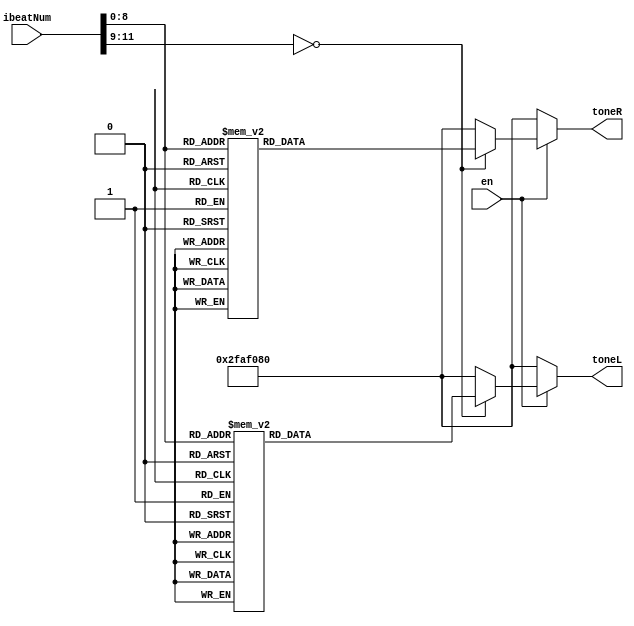

`define so 32'd784
`define fa 32'd698
`define mi 32'd659
`define re 32'd587
`define do 32'd523

`define SI 32'd494
`define LA 32'd440
`define SO 32'd392
`define FA 32'd349
`define MI 32'd330
`define RE 32'd294
`define DO 32'd262

`define mi_2 32'd622
`define SI_2 32'd466

`define do_d 32'd131
`define re_d 32'd147
`define mi_d 32'd165
`define fa_d 32'd174
`define so_d 32'd196
`define la_d 32'd220
`define si_d 32'd247
`define DO_d 32'd262
`define RE_d 32'd294


`define re_d_2 32'd73
`define mi_d_2 32'd83
`define fa_d_2 32'd87
`define so_d_2 32'd98
`define la_d_2 32'd110
`define si_d_2 32'd123

`define si_d_2_d 32'd116
`define mi_d_2_d 32'd156
`define mi_d_d 32'd156

`define sil 32'd50000000

module SongOf105 (
	input [11:0] ibeatNum,
	input en,
	output reg [31:0] toneL,
    output reg [31:0] toneR
);

    always @* begin
        if(en == 1) begin
            case(ibeatNum)
                // --- Measure 1 ---
                    12'd0: toneR = `sil;      12'd1: toneR = `sil;// HG (half-beat)
                    12'd2: toneR = `sil;      12'd3: toneR = `sil;
                    12'd4: toneR = `sil;      12'd5: toneR = `sil;
                    12'd6: toneR = `sil;      12'd7: toneR = `sil;
                    12'd8: toneR = `sil;      12'd9: toneR = `sil;// HE (half-beat)
                    12'd10: toneR = `sil;     12'd11: toneR = `sil;
                    12'd12: toneR = `sil;     12'd13: toneR = `sil;
                    12'd14: toneR = `sil;    12'd15: toneR = `sil; // (Short break for repetitive notes: high E)

                    12'd16: toneR = `re;     12'd17: toneR = `re; // HE (one-beat)
                    12'd18: toneR = `re;     12'd19: toneR = `re;
                    12'd20: toneR = `re;     12'd21: toneR = `re;
                    12'd22: toneR = `re;     12'd23: toneR = `sil;
                    12'd24: toneR = `re;     12'd25: toneR = `re;
                    12'd26: toneR = `re;     12'd27: toneR = `re;
                    12'd28: toneR = `re;     12'd29: toneR = `re;
                    12'd30: toneR = `re;     12'd31: toneR = `re;

                    12'd32: toneR = `mi_2;     12'd33: toneR = `mi_2; // HF (half-beat)
                    12'd34: toneR = `mi_2;     12'd35: toneR = `mi_2;
                    12'd36: toneR = `mi_2;     12'd37: toneR = `mi_2;
                    12'd38: toneR = `mi_2;     12'd39: toneR = `mi_2;
                    12'd40: toneR = `re;     12'd41: toneR = `re; // HD (half-beat)
                    12'd42: toneR = `re;     12'd43: toneR = `re;
                    12'd44: toneR = `re;     12'd45: toneR = `re;
                    12'd46: toneR = `re;     12'd47: toneR = `re; // (Short break for repetitive notes: high D)

                    12'd48: toneR = `do;     12'd49: toneR = `do; // HD (one-beat)
                    12'd50: toneR = `do;     12'd51: toneR = `do;
                    12'd52: toneR = `do;     12'd53: toneR = `do;
                    12'd54: toneR = `do;     12'd55: toneR = `do;
                    12'd56: toneR = `re;     12'd57: toneR = `re;
                    12'd58: toneR = `re;     12'd59: toneR = `re;
                    12'd60: toneR = `re;     12'd61: toneR = `re;
                    12'd62: toneR = `re;     12'd63: toneR = `re;

                    // --- Measure 2 ---
                    12'd64: toneR = `FA;     12'd65: toneR = `FA; // HC (half-beat)
                    12'd66: toneR = `FA;     12'd67: toneR = `FA;
                    12'd68: toneR = `FA;     12'd69: toneR = `FA;
                    12'd70: toneR = `FA;     12'd71: toneR = `FA;
                    12'd72: toneR = `FA;     12'd73: toneR = `FA; // HD (half-beat)
                    12'd74: toneR = `FA;     12'd75: toneR = `FA;
                    12'd76: toneR = `FA;     12'd77: toneR = `FA;
                    12'd78: toneR = `FA;     12'd79: toneR = `FA;

                    12'd80: toneR = `do;     12'd81: toneR = `do; // HE (half-beat)
                    12'd82: toneR = `do;     12'd83: toneR = `do;
                    12'd84: toneR = `do;     12'd85: toneR = `do;
                    12'd86: toneR = `do;     12'd87: toneR = `do;
                    12'd88: toneR = `SI_2;     12'd89: toneR = `SI_2; // HF (half-beat)
                    12'd90: toneR = `SI_2;     12'd91: toneR = `SI_2;
                    12'd92: toneR = `SI_2;     12'd93: toneR = `SI_2;
                    12'd94: toneR = `SI_2;     12'd95: toneR = `SI_2;

                    12'd96: toneR = `SO;     12'd97: toneR = `SO; // HG (half-beat)
                    12'd98: toneR = `SO;     12'd99: toneR = `SO;
                    12'd100: toneR = `SO;    12'd101: toneR = `SO;
                    12'd102: toneR = `SO;    12'd103: toneR = `SO; // (Short break for repetitive notes: high G)
                    12'd104: toneR = `SO;    12'd105: toneR = `SO; // HG (half-beat)
                    12'd106: toneR = `SO;    12'd107: toneR = `SO;
                    12'd108: toneR = `SO;    12'd109: toneR = `SO;
                    12'd110: toneR = `SO;    12'd111: toneR = `SO; // (Short break for repetitive notes: high G)

                    12'd112: toneR = `SI_2;    12'd113: toneR = `SI_2; // HG (one-beat)
                    12'd114: toneR = `SI_2;    12'd115: toneR = `SI_2;
                    12'd116: toneR = `SI_2;    12'd117: toneR = `SI_2;
                    12'd118: toneR = `SI_2;    12'd119: toneR = `SI_2;
                    12'd120: toneR = `SI_2;    12'd121: toneR = `SI_2;
                    12'd122: toneR = `SI_2;    12'd123: toneR = `SI_2;
                    12'd124: toneR = `SI_2;    12'd125: toneR = `SI_2;
                    12'd126: toneR = `SI_2;    12'd127: toneR = `SI_2; // (Short break for repetitive notes: high G)

                    // --- Measure 3 ---
                    12'd128: toneR = `do;      12'd129: toneR = `do; // HG (half-beat)
                    12'd130: toneR = `do;      12'd131: toneR = `do;
                    12'd132: toneR = `do;      12'd133: toneR = `do;
                    12'd134: toneR = `do;      12'd135: toneR = `do;
                    12'd136: toneR = `do;      12'd137: toneR = `do; // HE (half-beat)
                    12'd138: toneR = `do;      12'd139: toneR = `do;
                    12'd140: toneR = `do;      12'd141: toneR = `do;
                    12'd142: toneR = `do;      12'd143: toneR = `sil; // (Short break for repetitive notes: high E)

                    12'd144: toneR = `do;     12'd145: toneR = `do; // HE (one-beat)
                    12'd146: toneR = `do;     12'd147: toneR = `do;
                    12'd148: toneR = `do;     12'd149: toneR = `do;
                    12'd150: toneR = `do;     12'd151: toneR = `sil;
                    12'd152: toneR = `do;     12'd153: toneR = `do;
                    12'd154: toneR = `do;     12'd155: toneR = `do;
                    12'd156: toneR = `do;     12'd157: toneR = `do;
                    12'd158: toneR = `do;     12'd159: toneR = `sil;

                    12'd160: toneR = `re;     12'd161: toneR = `re; // HF (half-beat)
                    12'd162: toneR = `re;     12'd163: toneR = `re;
                    12'd164: toneR = `re;     12'd165: toneR = `re;
                    12'd166: toneR = `re;     12'd167: toneR = `re;
                    12'd168: toneR = `do;     12'd169: toneR = `do; // HD (half-beat)
                    12'd170: toneR = `do;     12'd171: toneR = `do;
                    12'd172: toneR = `do;     12'd173: toneR = `do;
                    12'd174: toneR = `do;     12'd175: toneR = `do; // (Short break for repetitive notes: high D)

                    12'd176: toneR = `SI_2;     12'd177: toneR = `SI_2; // HD (one-beat)
                    12'd178: toneR = `SI_2;     12'd179: toneR = `SI_2;
                    12'd180: toneR = `SI_2;     12'd181: toneR = `SI_2;
                    12'd182: toneR = `SI_2;     12'd183: toneR = `SI_2;
                    12'd184: toneR = `do;     12'd185: toneR = `do;
                    12'd186: toneR = `do;     12'd187: toneR = `do;
                    12'd188: toneR = `do;     12'd189: toneR = `do;
                    12'd190: toneR = `do;     12'd191: toneR = `do;

                    // --- Measure 4 ---
                    12'd192: toneR = `re;     12'd193: toneR = `re; // HC (half-beat)
                    12'd194: toneR = `re;     12'd495: toneR = `re;
                    12'd196: toneR = `re;     12'd197: toneR = `re;
                    12'd198: toneR = `re;     12'd199: toneR = `re;
                    12'd200: toneR = `re;     12'd201: toneR = `re; // HE (half-beat)
                    12'd202: toneR = `re;     12'd203: toneR = `re;
                    12'd204: toneR = `re;     12'd205: toneR = `re;
                    12'd206: toneR = `re;     12'd207: toneR = `re;

                    12'd208: toneR = `SI_2;     12'd209: toneR = `SI_2; // HG (half-beat)
                    12'd210: toneR = `SI_2;     12'd211: toneR = `SI_2;
                    12'd212: toneR = `SI_2;     12'd213: toneR = `SI_2;
                    12'd214: toneR = `SI_2;     12'd215: toneR = `SI_2; // (Short break for repetitive notes: high G)
                    12'd216: toneR = `SO;     12'd217: toneR = `SO; // HG (half-beat)
                    12'd218: toneR = `SO;     12'd219: toneR = `SO;
                    12'd220: toneR = `SO;     12'd221: toneR = `SO;
                    12'd222: toneR = `SO;     12'd223: toneR = `SO;

                    12'd224: toneR = `SI_2;     12'd225: toneR = `SI_2; // HC (half-beat)
                    12'd226: toneR = `SI_2;     12'd227: toneR = `SI_2;
                    12'd228: toneR = `SI_2;     12'd229: toneR = `SI_2;
                    12'd230: toneR = `SI_2;     12'd231: toneR = `SI_2; // (Short break for repetitive notes: high C)
                    12'd232: toneR = `SI_2;     12'd233: toneR = `SI_2; // HC (half-beat)
                    12'd234: toneR = `SI_2;     12'd235: toneR = `SI_2;
                    12'd236: toneR = `SI_2;     12'd237: toneR = `SI_2;
                    12'd238: toneR = `SI_2;     12'd239: toneR = `sil; // (Short break for repetitive notes: high C)

                    12'd240: toneR = `SI_2;     12'd241: toneR = `SI_2; // HC (one-beat)
                    12'd242: toneR = `SI_2;     12'd243: toneR = `SI_2;
                    12'd244: toneR = `SI_2;     12'd245: toneR = `SI_2;
                    12'd246: toneR = `SI_2;     12'd247: toneR = `SI_2;
                    12'd248: toneR = `SI_2;     12'd249: toneR = `SI_2;
                    12'd250: toneR = `SI_2;     12'd251: toneR = `SI_2;
                    12'd252: toneR = `SI_2;     12'd253: toneR = `SI_2;
                    12'd254: toneR = `SI_2;     12'd255: toneR = `SI_2;

                    // --- Measure 5 ---
                    12'd256: toneR = `SO;     12'd257: toneR = `SO; // HD (half-beat)
                    12'd258: toneR = `SO;     12'd259: toneR = `SO;
                    12'd260: toneR = `SO;     12'd261: toneR = `SO;
                    12'd262: toneR = `SO;     12'd263: toneR = `SO; // (Short break for repetitive notes: high D)
                    12'd264: toneR = `SO;     12'd265: toneR = `SO; // HD (half-beat)
                    12'd266: toneR = `SO;     12'd267: toneR = `SO;
                    12'd268: toneR = `SO;     12'd269: toneR = `SO;
                    12'd270: toneR = `SO;     12'd271: toneR = `SO; // (Short break for repetitive notes: high D)

                    12'd272: toneR = `re;     12'd273: toneR = `re; // HD (half-beat)
                    12'd274: toneR = `re;     12'd275: toneR = `re;
                    12'd276: toneR = `re;     12'd277: toneR = `re;
                    12'd278: toneR = `re;     12'd279: toneR = `sil; // (Short break for repetitive notes: high D)
                    12'd280: toneR = `re;     12'd281: toneR = `re; // HD (half-beat)
                    12'd282: toneR = `re;     12'd283: toneR = `re;
                    12'd284: toneR = `re;     12'd285: toneR = `re;
                    12'd286: toneR = `re;     12'd287: toneR = `re; // (Short break for repetitive notes: high D)

                    12'd288: toneR = `mi_2;     12'd289: toneR = `mi_2; // HD (half-beat)
                    12'd290: toneR = `mi_2;     12'd291: toneR = `mi_2;
                    12'd292: toneR = `mi_2;     12'd293: toneR = `mi_2;
                    12'd294: toneR = `mi_2;     12'd295: toneR = `mi_2;
                    12'd296: toneR = `re;     12'd297: toneR = `re; // HE (half-beat)
                    12'd298: toneR = `re;     12'd299: toneR = `re;
                    12'd300: toneR = `re;     12'd301: toneR = `re;
                    12'd302: toneR = `re;     12'd303: toneR = `re;

                    12'd304: toneR = `do;     12'd305: toneR = `do; // HF (one-beat)
                    12'd306: toneR = `do;     12'd307: toneR = `do;
                    12'd308: toneR = `do;     12'd309: toneR = `do;
                    12'd310: toneR = `do;     12'd311: toneR = `do;
                    12'd312: toneR = `SI_2;     12'd313: toneR = `SI_2;
                    12'd314: toneR = `SI_2;     12'd315: toneR = `SI_2;
                    12'd316: toneR = `SI_2;     12'd317: toneR = `SI_2;
                    12'd318: toneR = `SI_2;     12'd319: toneR = `SI_2;

                    // --- Measure 6 ---
                    12'd320: toneR = `re;     12'd321: toneR = `re; // HE (half-beat)
                    12'd322: toneR = `re;     12'd323: toneR = `re;
                    12'd324: toneR = `re;     12'd325: toneR = `re;
                    12'd326: toneR = `re;     12'd327: toneR = `re; // (Short break for repetitive notes: high E)
                    12'd328: toneR = `do;     12'd329: toneR = `do; // HE (half-beat)
                    12'd330: toneR = `do;     12'd331: toneR = `do;
                    12'd332: toneR = `do;     12'd333: toneR = `do;
                    12'd334: toneR = `do;     12'd335: toneR = `do; // (Short break for repetitive notes: high E)

                    12'd336: toneR = `do;     12'd337: toneR = `do; // HE (half-beat)
                    12'd338: toneR = `do;     12'd339: toneR = `do;
                    12'd340: toneR = `do;     12'd341: toneR = `do;
                    12'd342: toneR = `do;     12'd343: toneR = `do; // (Short break for repetitive notes: high E)
                    12'd344: toneR = `re;     12'd345: toneR = `re; // HE (half-beat)
                    12'd346: toneR = `re;     12'd347: toneR = `re;
                    12'd348: toneR = `re;     12'd349: toneR = `re;
                    12'd350: toneR = `re;     12'd351: toneR = `re; // (Short break for repetitive notes: high E)

                    12'd352: toneR = `SO;     12'd353: toneR = `SO; // HE (half-beat)
                    12'd354: toneR = `SO;     12'd355: toneR = `SO;
                    12'd356: toneR = `SO;     12'd357: toneR = `SO;
                    12'd358: toneR = `SO;     12'd359: toneR = `SO;
                    12'd360: toneR = `SO;     12'd361: toneR = `SO; // HF (half-beat)
                    12'd362: toneR = `SO;     12'd363: toneR = `SO;
                    12'd364: toneR = `SO;     12'd365: toneR = `SO;
                    12'd366: toneR = `SO;     12'd367: toneR = `sil;

                    12'd368: toneR = `SO;     12'd369: toneR = `SO; // HG (one-beat)
                    12'd370: toneR = `SO;     12'd371: toneR = `SO;
                    12'd372: toneR = `SO;     12'd373: toneR = `SO;
                    12'd374: toneR = `SO;     12'd375: toneR = `SO;
                    12'd376: toneR = `SI_2;     12'd377: toneR = `SI_2;
                    12'd378: toneR = `SI_2;     12'd379: toneR = `SI_2;
                    12'd380: toneR = `SI_2;     12'd381: toneR = `SI_2;
                    12'd382: toneR = `SI_2;     12'd383: toneR = `SI_2; // (Short break for repetitive notes: high G)

                    // --- Measure 7 ---
                    12'd384: toneR = `LA;      12'd385: toneR = `LA; // HG (half-beat)
                    12'd386: toneR = `LA;      12'd387: toneR = `LA;
                    12'd388: toneR = `LA;      12'd389: toneR = `LA;
                    12'd390: toneR = `LA;      12'd391: toneR = `LA;
                    12'd392: toneR = `LA;      12'd393: toneR = `LA; // HE (half-beat)
                    12'd394: toneR = `LA;      12'd395: toneR = `LA;
                    12'd396: toneR = `LA;      12'd397: toneR = `LA;
                    12'd398: toneR = `LA;      12'd399: toneR = `sil; // (Short break for repetitive notes: high E)

                    12'd400: toneR = `LA;      12'd401: toneR = `LA; // HE (one-beat)
                    12'd402: toneR = `LA;      12'd403: toneR = `LA;
                    12'd404: toneR = `LA;      12'd405: toneR = `LA;
                    12'd406: toneR = `LA;      12'd407: toneR = `sil;
                    12'd408: toneR = `LA;      12'd409: toneR = `LA;
                    12'd410: toneR = `LA;      12'd414: toneR = `LA;
                    12'd412: toneR = `LA;      12'd413: toneR = `LA;
                    12'd414: toneR = `LA;      12'd415: toneR = `LA;

                    12'd416: toneR = `re;      12'd417: toneR = `re;// HF (half-beat)
                    12'd418: toneR = `re;      12'd419: toneR = `re;
                    12'd420: toneR = `re;      12'd421: toneR = `re;
                    12'd422: toneR = `re;     12'd423: toneR =  `re;
                    12'd424: toneR = `re;      12'd425: toneR = `re; // HD (half-beat)
                    12'd426: toneR = `re;      12'd427: toneR = `re;
                    12'd428: toneR = `re;      12'd429: toneR = `re;
                    12'd430: toneR = `re;      12'd431: toneR = `re; // (Short break for repetitive notes: high D)

                    12'd432: toneR = `do;      12'd433: toneR = `do;  // HD (one-beat)
                    12'd434: toneR = `do;      12'd435: toneR = `do; 
                    12'd436: toneR = `do;      12'd437: toneR = `do; 
                    12'd438: toneR = `do;       12'd439: toneR = `do; 
                    12'd440: toneR = `do;       12'd441: toneR = `do; 
                    12'd442: toneR = `do;       12'd443: toneR = `do; 
                    12'd444: toneR = `do;       12'd445: toneR = `do; 
                    12'd446: toneR = `do;       12'd447: toneR = `do; 

                    // --- Measure 8 ---
                    12'd448: toneR = `SI_2;   12'd449: toneR = `SI_2; // HC (half-beat)
                    12'd450: toneR = `SI_2;    12'd451: toneR = `SI_2;
                    12'd452: toneR = `SI_2;    12'd453: toneR = `SI_2;
                    12'd454: toneR = `SI_2;    12'd455: toneR = `SI_2;
                    12'd456: toneR = `SI_2;    12'd457: toneR = `SI_2; // HE (half-beat)
                    12'd458: toneR = `SI_2;    12'd459: toneR = `SI_2;
                    12'd460: toneR = `SI_2;    12'd461: toneR = `SI_2;
                    12'd462: toneR = `SI_2;    12'd463: toneR = `SI_2;

                    12'd464: toneR = `SI_2;     12'd465: toneR = `SI_2; // HG (half-beat)
                    12'd466: toneR = `SI_2;   12'd467: toneR = `SI_2;
                    12'd468: toneR = `SI_2;     12'd469: toneR = `SI_2;
                    12'd470: toneR = `SI_2;     12'd471: toneR = `SI_2; // (Short break for repetitive notes: high G)
                    12'd472: toneR = `SI_2;     12'd473: toneR = `SI_2; // HG (half-beat)
                    12'd474: toneR = `SI_2;     12'd475: toneR = `SI_2;
                    12'd476: toneR = `SI_2;     12'd477: toneR = `SI_2;
                    12'd478: toneR = `SI_2;    12'd479: toneR = `SI_2;

                    12'd480: toneR = `SI_2;     12'd481: toneR = `SI_2; // HC (half-beat)
                    12'd482: toneR = `SI_2;     12'd483: toneR = `SI_2;
                    12'd484: toneR = `SI_2;     12'd485: toneR = `SI_2;
                    12'd486: toneR = `SI_2;     12'd487: toneR = `SI_2;
                    12'd488: toneR = `SI_2;     12'd489: toneR = `SI_2; // HC (half-beat)
                    12'd490: toneR = `SI_2;     12'd491: toneR = `SI_2;
                    12'd492: toneR = `SI_2;     12'd493: toneR = `SI_2;
                    12'd494: toneR = `SI_2;     12'd495: toneR = `SI_2;

                    12'd496: toneR = `SI_2;     12'd497: toneR = `SI_2; // HC (one-beat)
                    12'd498: toneR = `SI_2;     12'd499: toneR = `SI_2;
                    12'd500: toneR = `SI_2;     12'd501: toneR = `SI_2;
                    12'd502: toneR = `SI_2;     12'd503: toneR = `SI_2;
                    12'd504: toneR = `SI_2;     12'd505: toneR = `SI_2;
                    12'd506: toneR = `SI_2;     12'd507: toneR = `SI_2;
                    12'd508: toneR = `SI_2;     12'd509: toneR = `SI_2;
                    12'd510: toneR = `SI_2;     12'd511: toneR = `SI_2;

                    default: toneR = `sil;
            endcase
        end else begin
            toneR = `sil;
        end
    end

    always @(*) begin
        if(en == 1)begin
            case(ibeatNum)
                    12'd0: toneL = `sil;  	12'd1: toneL = `sil; // HC (two-beat)
                    12'd2: toneL = `sil;  	12'd3: toneL = `sil;
                    12'd4: toneL = `sil;	12'd5: toneL = `sil;
                    12'd6: toneL = `sil;  	12'd7: toneL = `sil;
                    12'd8: toneL = `sil;    12'd9: toneL = `sil;
                    12'd10: toneL = `sil;	12'd11: toneL = `sil;
                    12'd12: toneL = `sil;	12'd13: toneL = `sil;
                    12'd14: toneL = `sil;	12'd15: toneL = `sil;

                    12'd16: toneL = `sil;	12'd17: toneL = `sil;
                    12'd18: toneL = `sil;	12'd19: toneL = `sil;
                    12'd20: toneL = `sil;	12'd21: toneL = `sil;
                    12'd22: toneL = `sil;	12'd23: toneL = `sil;
                    12'd24: toneL = `sil;	12'd25: toneL = `sil;
                    12'd26: toneL = `sil;	12'd27: toneL = `sil;
                    12'd28: toneL = `sil;	12'd29: toneL = `sil;
                    12'd30: toneL = `sil;	12'd31: toneL = `sil;

                    12'd32: toneL = `sil;	    12'd33: toneL = `sil; // G (one-beat)
                    12'd34: toneL = `sil;	    12'd35: toneL = `sil;
                    12'd36: toneL = `sil;	    12'd37: toneL = `sil;
                    12'd38: toneL = `sil;	    12'd39: toneL = `sil;
                    12'd40: toneL = `sil;	    12'd41: toneL = `sil;
                    12'd42: toneL = `sil;	    12'd43: toneL = `sil;
                    12'd44: toneL = `sil;	    12'd45: toneL = `sil;
                    12'd46: toneL = `sil;	    12'd47: toneL = `sil;

                    12'd48: toneL = `sil;	    12'd49: toneL = `sil; // B (one-beat)
                    12'd50: toneL = `sil;	    12'd51: toneL = `sil;
                    12'd52: toneL = `sil;	    12'd53: toneL = `sil;
                    12'd54: toneL = `sil;	    12'd55: toneL = `sil;
                    12'd56: toneL = `sil;	    12'd57: toneL = `sil;
                    12'd58: toneL = `sil;	    12'd59: toneL = `sil;
                    12'd60: toneL = `sil;	    12'd61: toneL = `sil;
                    12'd62: toneL = `sil;	    12'd63: toneL = `sil;
                    // --- Measure 2 ---
                    12'd64: toneL = `mi_d_2;	12'd65: toneL = `mi_d_2; // HC (two-beat)
                    12'd66: toneL = `mi_d_2;    12'd67: toneL = `mi_d_2;
                    12'd68: toneL = `mi_d_2;	12'd69: toneL = `mi_d_2;
                    12'd70: toneL = `mi_d_2;	12'd71: toneL = `mi_d_2;
                    12'd72: toneL = `si_d_2_d;	12'd73: toneL = `si_d_2_d;
                    12'd74: toneL = `si_d_2_d;	12'd75: toneL = `si_d_2_d;
                    12'd76: toneL = `si_d_2_d;	12'd77: toneL = `si_d_2_d;
                    12'd78: toneL = `si_d_2_d;	12'd79: toneL = `si_d_2_d;

                    12'd80: toneL = `mi_d_d;	12'd81: toneL = `mi_d_d;
                    12'd82: toneL = `mi_d_d;   12'd83: toneL = `mi_d_d;
                    12'd84: toneL = `mi_d_d;   12'd85: toneL = `mi_d_d;
                    12'd86: toneL = `mi_d_d;    12'd87: toneL = `mi_d_d;
                    12'd88: toneL = `so_d;    12'd89: toneL = `so_d;
                    12'd90: toneL = `so_d;    12'd91: toneL = `so_d;
                    12'd92: toneL = `so_d;  12'd93: toneL = `so_d;
                    12'd94: toneL = `so_d;   12'd95: toneL = `so_d;

                    12'd96: toneL = `si_d;	12'd97: toneL = `si_d; // G (one-beat)
                    12'd98: toneL = `si_d;	12'd99: toneL = `si_d;
                    12'd100: toneL = `si_d;	12'd101: toneL = `si_d;
                    12'd102: toneL = `si_d;	12'd103: toneL = `si_d;
                    12'd104: toneL = `si_d;	12'd105: toneL = `si_d;
                    12'd106: toneL = `si_d; 12'd107: toneL = `si_d;
                    12'd108: toneL = `si_d; 12'd109: toneL = `si_d;
                    12'd110: toneL = `si_d; 12'd111: toneL = `si_d;

                    12'd112: toneL = `so_d;	12'd113: toneL = `so_d; // B (one-beat)
                    12'd114: toneL = `so_d;	12'd115: toneL = `so_d;
                    12'd116: toneL = `so_d;	12'd117: toneL = `so_d;
                    12'd118: toneL = `so_d;	12'd119: toneL = `so_d;
                    12'd120: toneL = `so_d;	12'd121: toneL = `so_d;
                    12'd122: toneL = `so_d;	12'd123: toneL = `so_d;
                    12'd124: toneL = `so_d;	12'd125: toneL = `so_d;
                    12'd126: toneL = `so_d;	12'd127: toneL = `so_d;
                    // --- Measure 3 ---
                    12'd128: toneL = `fa_d_2;   12'd129: toneL = `fa_d_2;// HC (two-beat)
                    12'd130: toneL = `fa_d_2;   12'd131: toneL = `fa_d_2;
                    12'd132: toneL = `fa_d_2;   12'd133: toneL = `fa_d_2;
                    12'd134: toneL = `fa_d_2;   12'd135: toneL = `fa_d_2;
                    12'd136: toneL = `do_d;   12'd137: toneL = `do_d;
                    12'd138: toneL = `do_d;   12'd139: toneL = `do_d;
                    12'd140: toneL = `do_d;   12'd141: toneL = `do_d;
                    12'd142: toneL = `do_d;   12'd143: toneL = `do_d;

                    12'd144: toneL = `fa_d;	12'd145: toneL = `fa_d; 
                    12'd146: toneL = `fa_d; 12'd147: toneL = `fa_d;
                    12'd148: toneL = `fa_d;	12'd149: toneL = `fa_d;
                    12'd150: toneL = `fa_d;	12'd151: toneL = `fa_d;
                    12'd152: toneL = `la_d;	12'd153: toneL = `la_d;	
                    12'd154: toneL = `la_d;	12'd155: toneL = `la_d;	
                    12'd156: toneL = `la_d;	12'd157: toneL = `la_d;	
                    12'd158: toneL = `la_d;	12'd159: toneL = `la_d;	

                    12'd160: toneL = `DO_d;	12'd161: toneL = `DO_d; // G (one-beat)
                    12'd162: toneL = `DO_d;	12'd163: toneL = `DO_d;
                    12'd164: toneL = `DO_d;	12'd165: toneL = `DO_d;
                    12'd166: toneL = `DO_d;	12'd167: toneL = `DO_d;
                    12'd168: toneL = `DO_d;	12'd169: toneL = `DO_d;
                    12'd170: toneL = `DO_d;	12'd171: toneL = `DO_d;
                    12'd172: toneL = `DO_d;	12'd173: toneL = `DO_d;
                    12'd174: toneL = `DO_d;	12'd175: toneL = `DO_d;

                    12'd176: toneL = `la_d;	12'd177: toneL = `la_d; // B (one-beat)
                    12'd178: toneL = `la_d; 12'd179: toneL = `la_d;
                    12'd180: toneL = `la_d;	12'd181: toneL = `la_d;
                    12'd182: toneL = `la_d; 12'd183: toneL =`la_d;
                    12'd184: toneL = `la_d;	12'd185: toneL = `la_d;
                    12'd186: toneL = `la_d;	12'd187: toneL = `la_d;
                    12'd188: toneL = `la_d;	12'd189: toneL = `la_d;
                    12'd190: toneL = `la_d;	12'd191: toneL = `la_d;
                    // --- Measure 4 ---
                    12'd192: toneL = `re_d_2;   12'd193: toneL = `re_d_2; // HC (one-beat)
                    12'd194: toneL = `re_d_2;   12'd195: toneL = `re_d_2;
                    12'd196: toneL = `re_d_2;   12'd197: toneL = `re_d_2;
                    12'd198: toneL = `re_d_2;   12'd199: toneL = `re_d_2;
                    12'd200: toneL = `la_d_2;   12'd201: toneL = `la_d_2;
                    12'd202: toneL = `la_d_2;   12'd203: toneL = `la_d_2;
                    12'd204: toneL = `la_d_2;   12'd205: toneL = `la_d_2;
                    12'd206: toneL = `la_d_2;   12'd207: toneL = `la_d_2;

                    12'd208: toneL = `re_d;	12'd209: toneL = `re_d; // G (one-beat)
                    12'd210: toneL = `re_d;	12'd211: toneL = `re_d;
                    12'd212: toneL = `re_d;	12'd213: toneL = `re_d;
                    12'd214: toneL = `re_d;	12'd215: toneL = `re_d;
                    12'd216: toneL = `fa_d;	12'd217: toneL = `fa_d;	
                    12'd218: toneL = `fa_d;	12'd219: toneL = `fa_d;	
                    12'd220: toneL = `fa_d;	12'd221: toneL = `fa_d;	
                    12'd222: toneL = `fa_d;	12'd223: toneL = `fa_d;	

                    12'd224: toneL = `la_d;	12'd225: toneL = `la_d;// E (one-beat)
                    12'd226: toneL = `la_d; 12'd227: toneL = `la_d;
                    12'd228: toneL = `la_d;	12'd229: toneL = `la_d;
                    12'd230: toneL = `la_d;	12'd231: toneL = `la_d;
                    12'd232: toneL = `la_d;	12'd233: toneL = `la_d;
                    12'd234: toneL = `la_d;	12'd235: toneL = `la_d;
                    12'd236: toneL = `la_d;	12'd237: toneL = `la_d;
                    12'd238: toneL = `la_d;	12'd239: toneL = `la_d;

                    12'd240: toneL = `fa_d;	12'd241: toneL = `fa_d; // C (one-beat)
                    12'd242: toneL = `fa_d;   12'd243: toneL =`fa_d;
                    12'd244: toneL = `fa_d;	12'd245: toneL = `fa_d;
                    12'd246: toneL = `fa_d;   12'd247: toneL = `fa_d;
                    12'd248: toneL = `fa_d;	12'd249: toneL = `fa_d;
                    12'd250: toneL = `fa_d;	12'd251: toneL = `fa_d;
                    12'd252: toneL = `fa_d;	12'd253: toneL = `fa_d;
                    12'd254: toneL = `fa_d;	12'd255: toneL = `fa_d;
                    // --- Measure 5 ---
                    12'd256: toneL = `so_d_2;   12'd257: toneL = `so_d_2; // G (two-beat)
                    12'd258: toneL = `so_d_2;   12'd259: toneL = `so_d_2;
                    12'd260: toneL = `so_d_2;   12'd261: toneL = `so_d_2;
                    12'd262: toneL = `so_d_2;   12'd263: toneL = `so_d_2;
                    12'd264: toneL = `re_d;     12'd265: toneL = `re_d; 
                    12'd266: toneL = `re_d;     12'd267: toneL = `re_d; 
                    12'd268: toneL = `re_d;     12'd269: toneL = `re_d; 
                    12'd270: toneL = `re_d;     12'd271: toneL = `re_d; 

                    12'd272: toneL = `so_d;	12'd273: toneL = `so_d; 
                    12'd274: toneL = `so_d; 	12'd275: toneL = `so_d;
                    12'd276: toneL = `so_d;	12'd277: toneL = `so_d;
                    12'd278: toneL = `so_d;	12'd279: toneL = `so_d;
                    12'd280: toneL = `si_d;	12'd281: toneL = `si_d;
                    12'd282: toneL = `si_d;	12'd283: toneL = `si_d;
                    12'd284: toneL = `si_d;	12'd285: toneL = `si_d;
                    12'd286: toneL = `si_d; 12'd287: toneL = `si_d;

                    12'd288: toneL = `RE_d;	12'd289: toneL = `RE_d; // F (one-beat)
                    12'd290: toneL = `RE_d;	12'd291: toneL = `RE_d;
                    12'd292: toneL = `RE_d;	12'd293: toneL = `RE_d;
                    12'd294: toneL = `RE_d;	12'd295: toneL = `RE_d;
                    12'd296: toneL = `RE_d;	12'd297: toneL = `RE_d;
                    12'd298: toneL = `RE_d;	12'd299: toneL = `RE_d;
                    12'd300: toneL = `RE_d;	12'd301: toneL = `RE_d;
                    12'd302: toneL = `RE_d;	12'd303: toneL = `RE_d;

                    12'd304: toneL = `si_d;	12'd305: toneL = `si_d; // D (one-beat)
                    12'd306: toneL = `si_d; 12'd307: toneL = `si_d;
                    12'd308: toneL = `si_d;	12'd309: toneL = `si_d;
                    12'd310: toneL = `si_d; 12'd311: toneL = `si_d;
                    12'd312: toneL = `si_d;	12'd313: toneL = `si_d;
                    12'd314: toneL = `si_d;	12'd315: toneL = `si_d;
                    12'd316: toneL = `si_d;	12'd317: toneL = `si_d;
                    12'd318: toneL = `si_d;	12'd319: toneL = `si_d;

                    // --- Measure 6 ---
                    12'd320: toneL = `mi_d_2_d;     12'd321: toneL = `mi_d_2_d; // E (two-beat)
                    12'd322: toneL = `mi_d_2_d;     12'd323: toneL = `mi_d_2_d;
                    12'd324: toneL = `mi_d_2_d;     12'd325: toneL = `mi_d_2_d;
                    12'd326: toneL = `mi_d_2_d;     12'd327: toneL = `mi_d_2_d;
                    12'd328: toneL = `si_d_2;     12'd329: toneL = `si_d_2;
                    12'd330: toneL = `si_d_2;     12'd331: toneL = `si_d_2;
                    12'd332: toneL = `si_d_2;     12'd333: toneL = `si_d_2;
                    12'd334: toneL = `si_d_2;     12'd335: toneL = `si_d_2;

                    12'd336: toneL = `mi_d_d;     12'd337: toneL = `mi_d_d; 
                    12'd338: toneL = `mi_d_d;      12'd339: toneL = `mi_d_d; 
                    12'd340: toneL = `mi_d_d;     12'd341: toneL = `mi_d_d; 
                    12'd342: toneL = `mi_d_d;     12'd343: toneL = `mi_d_d; 
                    12'd344: toneL = `so_d;     12'd345: toneL = `so_d; 
                    12'd346: toneL = `so_d;      12'd347: toneL = `so_d; 
                    12'd348: toneL = `so_d;      12'd349: toneL = `so_d; 
                    12'd350: toneL = `so_d;      12'd351: toneL =`so_d; 

                    12'd352: toneL = `si_d;     12'd353: toneL = `si_d;  // G (one-beat)
                    12'd354: toneL = `si_d;     12'd355: toneL = `si_d; 
                    12'd356: toneL = `si_d;     12'd357: toneL = `si_d; 
                    12'd358: toneL = `si_d;     12'd359: toneL = `si_d; 
                    12'd360: toneL = `si_d;     12'd361: toneL = `si_d; 
                    12'd362: toneL = `si_d;     12'd363: toneL = `si_d; 
                    12'd364: toneL = `si_d;     12'd365: toneL = `si_d; 
                    12'd366: toneL = `si_d;     12'd367: toneL = `si_d; 

                    12'd368: toneL = `so_d;      12'd369: toneL = `so_d;  // B (one-beat)
                    12'd370: toneL = `so_d;      12'd371: toneL = `so_d; 
                    12'd372: toneL = `so_d;      12'd373: toneL = `so_d; 
                    12'd374: toneL = `so_d;      12'd375: toneL = `so_d; 
                    12'd376: toneL = `so_d;      12'd377: toneL = `so_d; 
                    12'd378: toneL = `so_d;      12'd379: toneL = `so_d; 
                    12'd380: toneL = `so_d;      12'd381: toneL = `so_d; 
                    12'd382: toneL = `so_d;      12'd383: toneL = `so_d; 

                    // --- Measure 7 ---
                    12'd384: toneL = `fa_d_2;       12'd385: toneL = `fa_d_2;  // HC (two-beat)
                    12'd386: toneL = `fa_d_2;       12'd387: toneL = `fa_d_2; 
                    12'd388: toneL = `fa_d_2;       12'd389: toneL = `fa_d_2; 
                    12'd390: toneL = `fa_d_2;       12'd391: toneL = `fa_d_2; 
                    12'd392: toneL = `do_d;         12'd393: toneL = `do_d;
                    12'd394: toneL = `do_d;         12'd395: toneL = `do_d;
                    12'd396: toneL = `do_d;         12'd397: toneL = `do_d;
                    12'd398: toneL = `do_d;         12'd399: toneL = `do_d;

                    12'd400: toneL = `fa_d;       12'd401: toneL = `fa_d; 
                    12'd402: toneL = `fa_d;       12'd403: toneL = `fa_d; 
                    12'd404: toneL = `fa_d;       12'd405: toneL = `fa_d; 
                    12'd406: toneL = `fa_d;       12'd407: toneL = `fa_d; 
                    12'd408: toneL = `la_d;       12'd409: toneL = `la_d;
                    12'd410: toneL = `la_d;       12'd414: toneL = `la_d;
                    12'd412: toneL = `la_d;       12'd413: toneL = `la_d;
                    12'd414: toneL = `la_d;       12'd415: toneL = `la_d;

                    12'd416: toneL = `DO_d;       12'd417: toneL = `DO_d;  // G (one-beat)
                    12'd418: toneL = `DO_d;       12'd419: toneL = `DO_d; 
                    12'd420: toneL = `DO_d;       12'd421: toneL = `DO_d; 
                    12'd422: toneL = `DO_d;       12'd423: toneL = `DO_d; 
                    12'd424: toneL = `DO_d;       12'd425: toneL = `DO_d; 
                    12'd426: toneL = `DO_d;       12'd427: toneL = `DO_d; 
                    12'd428: toneL = `DO_d;       12'd429: toneL = `DO_d; 
                    12'd430: toneL = `DO_d;       12'd431: toneL = `DO_d; 

                    12'd432: toneL = `la_d;      12'd433: toneL = `la_d; // B (one-beat)
                    12'd434: toneL = `la_d;      12'd435: toneL = `la_d;
                    12'd436: toneL = `la_d;      12'd437: toneL = `la_d;
                    12'd438: toneL = `la_d;      12'd439: toneL = `la_d;
                    12'd440: toneL = `la_d;      12'd441: toneL = `la_d;
                    12'd442: toneL = `la_d;      12'd443: toneL = `la_d;
                    12'd444: toneL = `la_d;      12'd445: toneL = `la_d;
                    12'd446: toneL = `la_d;      12'd447: toneL = `la_d;

                    // --- Measure 8 ---
                    12'd448: toneL = `mi_d_2_d;     12'd449: toneL = `mi_d_2_d; // HC (half-beat)
                    12'd450: toneL = `mi_d_2_d;     12'd451: toneL = `mi_d_2_d;
                    12'd452: toneL = `mi_d_2_d;     12'd453: toneL = `mi_d_2_d;
                    12'd454: toneL = `mi_d_2_d;     12'd455: toneL = `mi_d_2_d;
                    12'd456: toneL = `mi_d_2_d;     12'd457: toneL = `mi_d_2_d;
                    12'd458: toneL = `mi_d_2_d;     12'd459: toneL = `mi_d_2_d;
                    12'd460: toneL = `mi_d_2_d;     12'd461: toneL = `mi_d_2_d;
                    12'd462: toneL = `mi_d_2_d;     12'd463: toneL = `mi_d_2_d;

                    12'd464: toneL = `mi_d_2_d;     12'd465: toneL = `mi_d_2_d; // G (one-beat)
                    12'd466: toneL = `mi_d_2_d;     12'd467: toneL = `mi_d_2_d;
                    12'd468: toneL = `mi_d_2_d;     12'd469: toneL = `mi_d_2_d;
                    12'd470: toneL = `mi_d_2_d;     12'd471: toneL = `mi_d_2_d;
                    12'd472: toneL = `mi_d_2_d;     12'd473: toneL = `mi_d_2_d;
                    12'd474: toneL = `mi_d_2_d;     12'd475: toneL = `mi_d_2_d;
                    12'd476: toneL = `mi_d_2_d;     12'd477: toneL = `mi_d_2_d;
                    12'd478: toneL = `mi_d_2_d;     12'd479: toneL = `mi_d_2_d;

                    12'd480: toneL = `mi_d_2_d;     12'd481: toneL = `mi_d_2_d; // C (two-beat)
                    12'd482: toneL = `mi_d_2_d;     12'd483: toneL = `mi_d_2_d;
                    12'd484: toneL = `mi_d_2_d;     12'd485: toneL = `mi_d_2_d;
                    12'd486: toneL = `mi_d_2_d;     12'd487: toneL = `mi_d_2_d;
                    12'd488: toneL = `mi_d_2_d;     12'd489: toneL = `mi_d_2_d;
                    12'd490: toneL = `mi_d_2_d;     12'd491: toneL = `mi_d_2_d;
                    12'd492: toneL = `mi_d_2_d;     12'd493: toneL = `mi_d_2_d;
                    12'd494: toneL = `mi_d_2_d;     12'd495: toneL = `mi_d_2_d;

                    12'd496: toneL = `mi_d_2_d;     12'd497: toneL = `mi_d_2_d;
                    12'd498: toneL = `mi_d_2_d;     12'd499: toneL = `mi_d_2_d;
                    12'd500: toneL = `mi_d_2_d;     12'd501: toneL = `mi_d_2_d;
                    12'd502: toneL = `mi_d_2_d;     12'd503: toneL = `mi_d_2_d;
                    12'd504: toneL = `mi_d_2_d;     12'd505: toneL = `mi_d_2_d;
                    12'd506: toneL = `mi_d_2_d;     12'd507: toneL = `mi_d_2_d;
                    12'd508: toneL = `mi_d_2_d;     12'd509: toneL = `mi_d_2_d;
                    12'd510: toneL = `mi_d_2_d;     12'd511: toneL = `mi_d_2_d;

                    default : toneL = `sil;
            endcase
        end
        else begin
            toneL = `sil;
        end
    end
endmodule